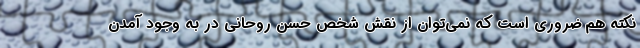
نکته هم ضروری است که نمی‌توان از نقش شخص حسن روحانی در به وجود آمدن